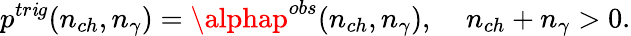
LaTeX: p^{tr\mathit{i}g}(n_{ch},n_{\gamma})=\alphap^{obs}(n_{ch},n_{\gamma}),\; \; \; \; n_{ch}+n_{\gamma}>0.